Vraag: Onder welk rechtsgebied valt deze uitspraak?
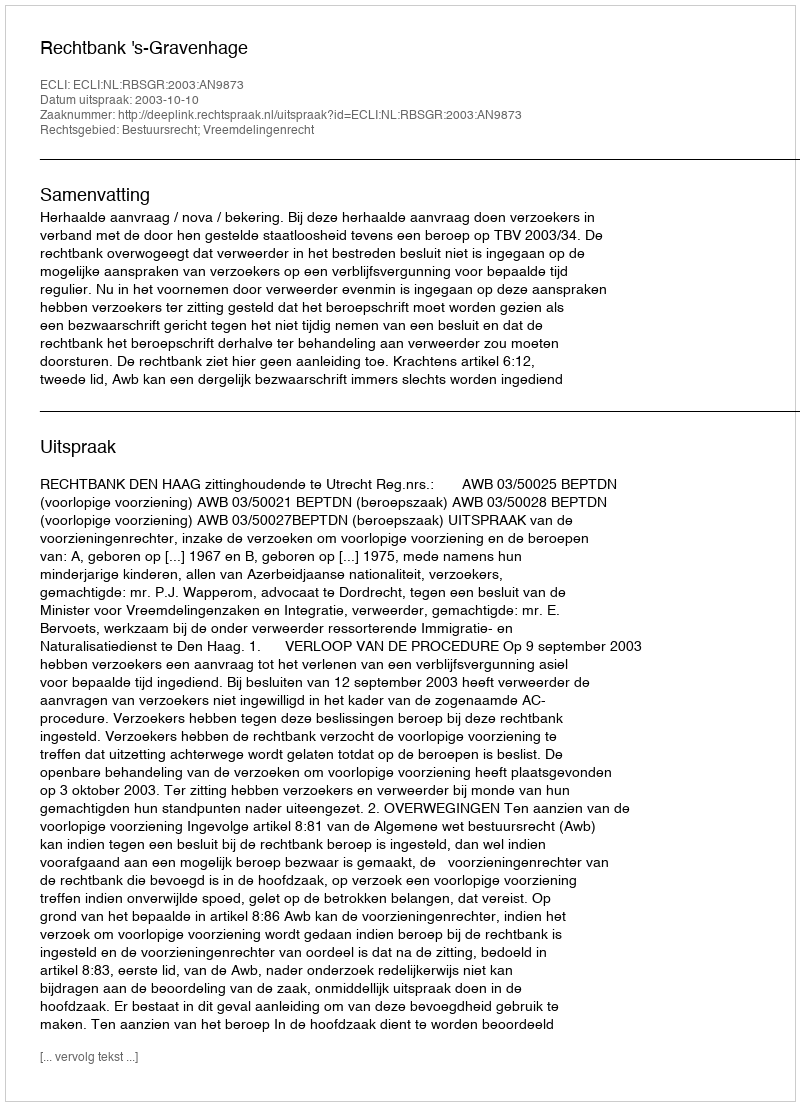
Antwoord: Bestuursrecht; Vreemdelingenrecht